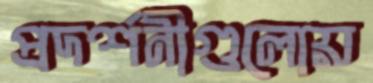
প্রদর্শনীগুলোয়